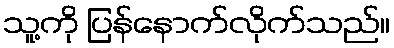
သူ့ကို ပြန်နောက်လိုက်သည်။